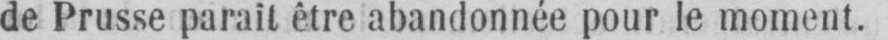
de Prusse parait être abandonnée pour le moment.